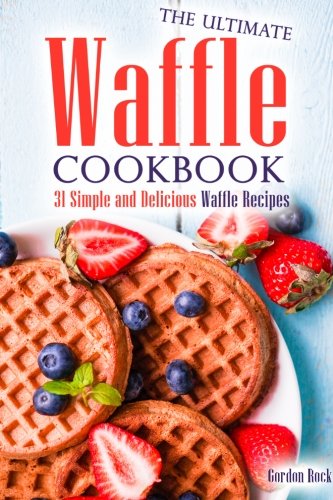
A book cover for The Ultimate Waffle Cookbook: 31 Simple and Delicious Waffle Recipes; Gordon Rock; Cookbooks, Food & Wine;